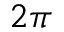
2 \pi